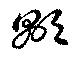
顕